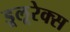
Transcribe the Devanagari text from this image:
डूलूरेक्स